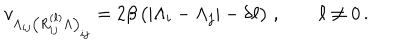
v _ { \Lambda _ { i j } \left( R _ { i j } ^ { ( \ell ) } \Lambda \right) _ { i j } } = 2 \beta \, \big ( | \Lambda _ { i } - \Lambda _ { j } | - \delta \ell \big ) \; , \qquad \ell \not = 0 \, .